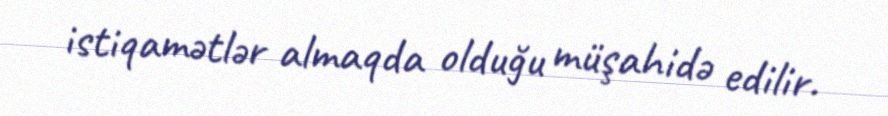
istiqamətlər almaqda olduğu müşahidə edilir.